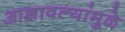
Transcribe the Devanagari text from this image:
आज्ञावल्यांमुळे